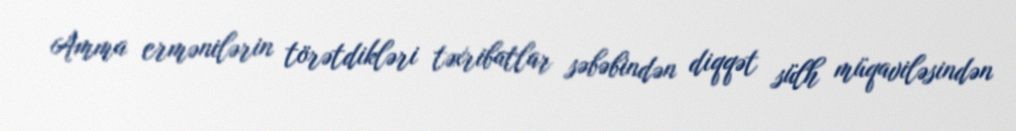
Amma ermənilərin törətdikləri təxribatlar səbəbindən diqqət sülh müqaviləsindən